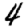
Digit: 4